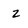
Character: Z